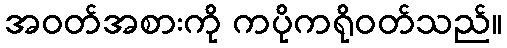
အဝတ်အစားကို ကပိုကရိုဝတ်သည်။